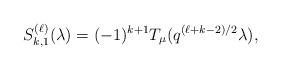
LaTeX: \begin{align*}S^{(\ell)}_{k,1} (\lambda) = (-1)^{k+1} T_{\mu}(q^{(\ell+k-2)/2} \lambda),\end{align*}